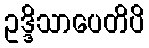
ဥဒ္ဒိသာပေတိပိ